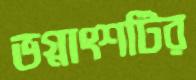
ভগ্নাংশটির